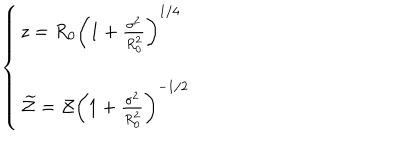
\left\{ \left\{ \begin{cases} { { z = R _ { 0 } \left( 1 + \frac { \sigma ^ { 2 } } { R _ { 0 } ^ { 2 } } \right) ^ { 1 / 4 } } } \\ { { \widetilde { \mathcal { Z } } = \mathcal { Z } \left( 1 + \frac { \sigma ^ { 2 } } { R _ { 0 } ^ { 2 } } \right) ^ { - 1 / 2 } } } \\ \end{cases} \right. \right.